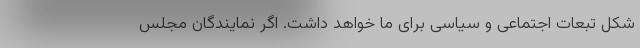
شکل تبعات اجتماعی و سیاسی برای ما خواهد داشت. اگر نمایندگان مجلس